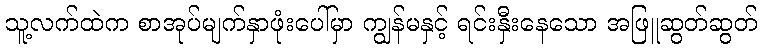
သူ့လက်ထဲက စာအုပ်မျက်နှာဖုံးပေါ်မှာ ကျွန်မနှင့် ရင်းနှီးနေသော အဖြူဆွတ်ဆွတ်